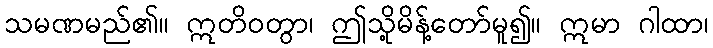
သမဏမည်၏။ ဣတိဝတွာ၊ ဤသို့မိန့်တော်မူ၍။ ဣမာ ဂါထာ၊